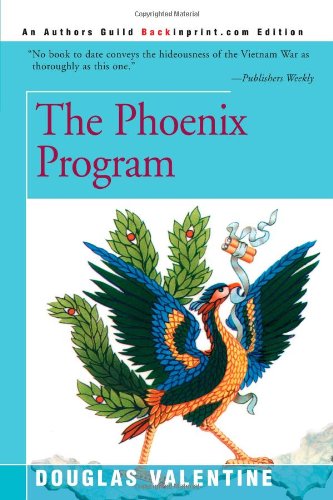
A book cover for The Phoenix Program; Douglas Valentine; History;